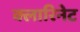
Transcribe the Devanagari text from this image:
क्लारिनेट